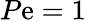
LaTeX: P\mathrm{e}=1